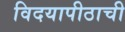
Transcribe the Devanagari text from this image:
विदयापीठाची